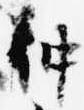
仲